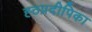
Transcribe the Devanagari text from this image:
ह्ठप्रदीपिका